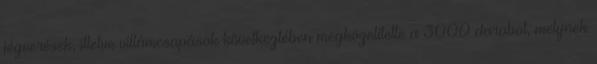
jégverések, illetve villámcsapások következtében megközelítette a 3000 darabot, melynek